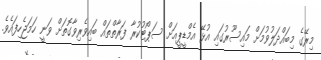
މިރޭގެ މިބައްދަލުވުމަށް މައިސޫރުގައި އުޅޭ އެމްޑީޕީއަށް ސަޕޯޓުކުރާ ފަރާތްތައް ބައިވެރިވާގޮތަށް ވަނީ ހަމަޖެހިފައެވެ.